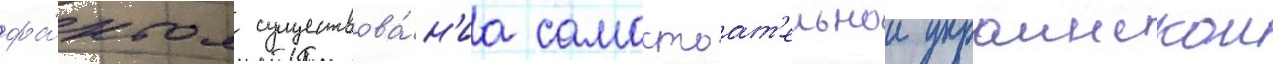
фа́ктом существова́н'иа самостоат'ельнои украинскои